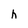
Character: h